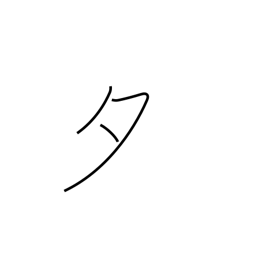
Meaning: evening